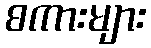
စကားများ